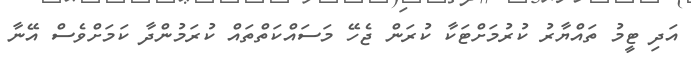
އަދި ޓީމު ތައްޔާރު ކުރުމަށްޓަކާ ކުރަން ޖެހޭ މަސައްކަތްތައް ކުރަމުންދާ ކަމަށްވެސް އޭނާ